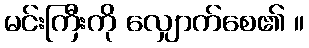
မင်းကြီးကို လျှောက်စေ၏ ။